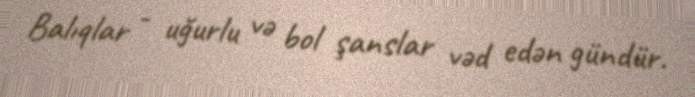
Balıqlar - uğurlu və bol şanslar vəd edən gündür.